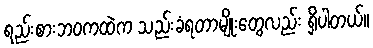
ရည်းစားဘဝကထဲက သည်းခံရတာမျိုးတွေလည်း ရှိပါတယ်။